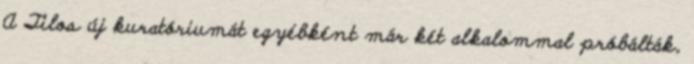
A Tilos új kuratóriumát egyébként már két alkalommal próbálták,